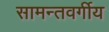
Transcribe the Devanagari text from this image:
सामन्तवर्गीय